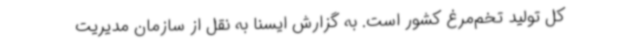
کل تولید تخم‌مرغ کشور است. به گزارش ایسنا به نقل از سازمان مدیریت